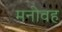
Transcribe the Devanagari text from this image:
मनोवह